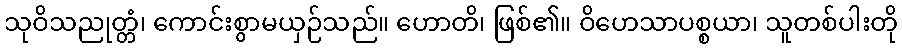
သုဝိသညုတ္တံ၊ ကောင်းစွာမယှဉ်သည်။ ဟောတိ၊ ဖြစ်၏။ ဝိဟေသာပစ္စယာ၊ သူတစ်ပါးတို